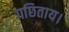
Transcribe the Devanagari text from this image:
पछिताय।